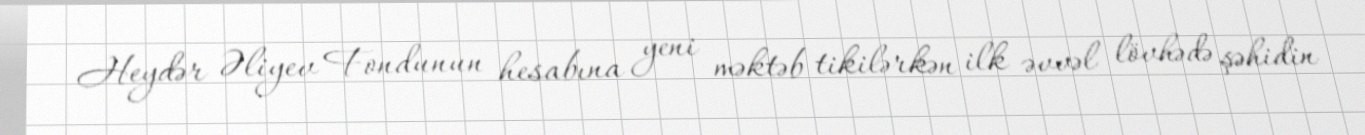
Heydər Əliyev Fondunun hesabına yeni məktəb tikilərkən ilk əvvəl lövhədə şəhidin